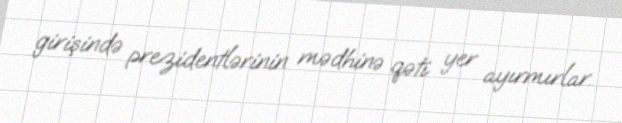
girişində prezidentlərinin mədhinə qəti yer ayırmırlar.